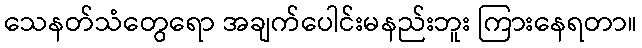
သေနတ်သံတွေရော အချက်ပေါင်းမနည်းဘူး ကြားနေရတာ။